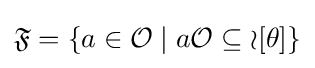
{\mathfrak {F}}=\{a\in {\mathcal {O}}\mid a{\mathcal {O}}\subseteq {\mathcal {o}}[\theta ]\}